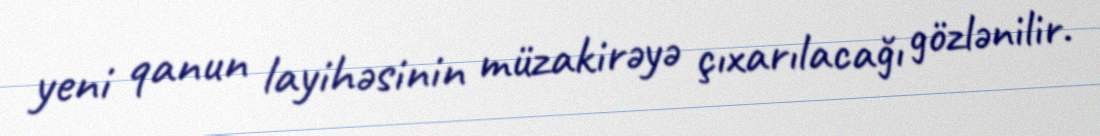
yeni qanun layihəsinin müzakirəyə çıxarılacağı gözlənilir.